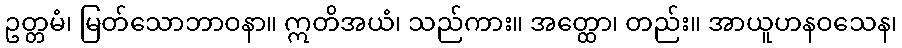
ဥတ္တမံ၊ မြတ်သောဘာဝနာ။ ဣတိအယံ၊ သည်ကား။ အတ္ထော၊ တည်း။ အာယူဟနဝသေန၊